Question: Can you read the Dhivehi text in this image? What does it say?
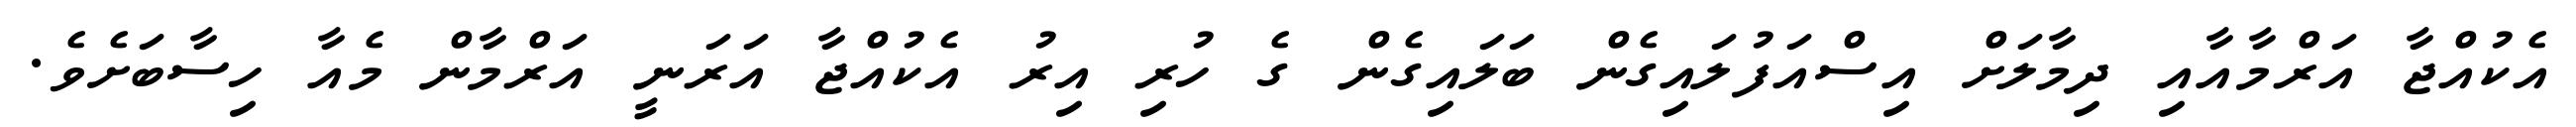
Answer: އެކުއްޖާ އަރްމާއާއި ދިމާލަށް އިސްއަފުލައިގެން ބަލައިގެން ގެ ހުރި އިރު އެކުއްޖާ އަރަނީ އަރްމާން މެއާ ހިސާބަށެވެ.